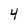
Character: 4